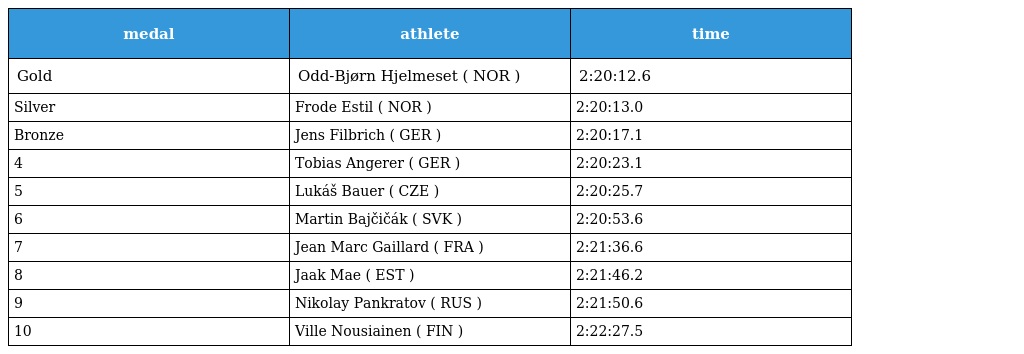
| medal | athlete | time |
 | --- | --- | --- |
 | Gold | Odd-Bjørn Hjelmeset ( NOR ) | 2:20:12.6 |
 | Silver | Frode Estil ( NOR ) | 2:20:13.0 |
 | Bronze | Jens Filbrich ( GER ) | 2:20:17.1 |
 | 4 | Tobias Angerer ( GER ) | 2:20:23.1 |
 | 5 | Lukáš Bauer ( CZE ) | 2:20:25.7 |
 | 6 | Martin Bajčičák ( SVK ) | 2:20:53.6 |
 | 7 | Jean Marc Gaillard ( FRA ) | 2:21:36.6 |
 | 8 | Jaak Mae ( EST ) | 2:21:46.2 |
 | 9 | Nikolay Pankratov ( RUS ) | 2:21:50.6 |
 | 10 | Ville Nousiainen ( FIN ) | 2:22:27.5 |